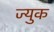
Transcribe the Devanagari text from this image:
ज्युक